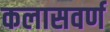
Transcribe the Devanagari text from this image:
कलासवर्ण